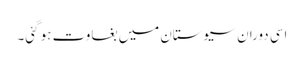
اسی دوران سیوستان میں بغاوت ہو گئی۔